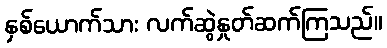
နှစ်ယောက်သား လက်ဆွဲနှုတ်ဆက်ကြသည်။